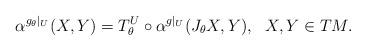
LaTeX: \begin{align*}\alpha^{g_\theta|_U}(X,Y)=T_\theta^U\circ\alpha^{g|_U}(J_\theta X,Y),\ \ X,Y\in TM.\end{align*}